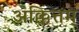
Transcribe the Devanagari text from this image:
अक्कित्तम्